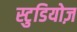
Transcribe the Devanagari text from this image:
स्टुडियोज़